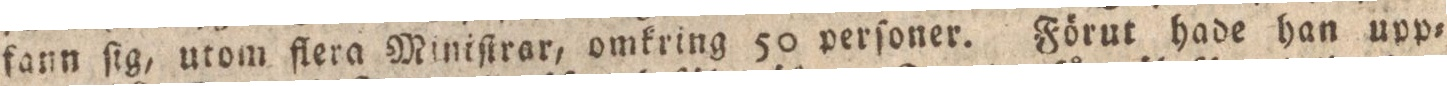
fann ſig, utom flera Miniſtrar, omkring 50 perſoner. Förut hade han upp=